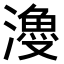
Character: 𣿡